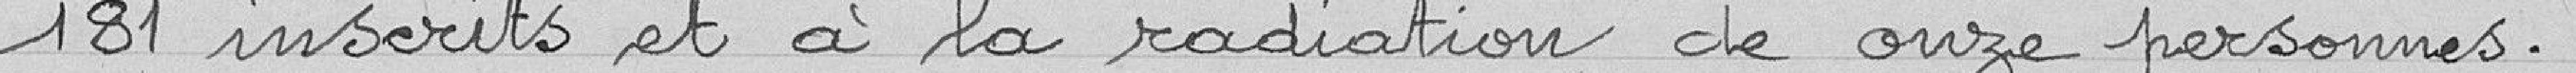
181 inscrits et à la radiation de onze personnes.